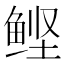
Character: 鲣